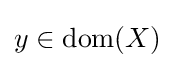
y\in \mathrm {dom} (X)